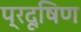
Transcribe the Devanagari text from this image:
प्रदूषिण